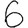
Digit: 6